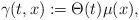
LaTeX: \begin{align*}\gamma(t,x):=\Theta(t)\mu(x),\end{align*}